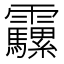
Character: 𩇍